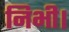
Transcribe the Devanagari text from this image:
निभी।